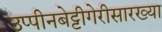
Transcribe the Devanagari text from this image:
उप्पीनबेट्टीगेरीसारख्या